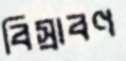
বিস্রাবণ